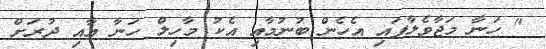
" ހަނާ މަޖާވެލާފައި އެހެން ބުނުމާއި އެކު މާހިލް ހަނާ އާއި ދުރަށް